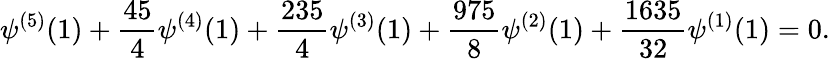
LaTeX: \psi^{(5)}(1)+\frac{45}{4}\psi^{(4)}(1)+\frac{235}{4}\psi^{(3)}(1)+\frac{975}{8}\psi^{(2)}(1)+\frac{1635}{32}\psi^{(1)}(1)=0.